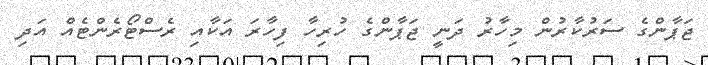
ޖަޕާންގެ ސަރުކާރުން މިހާރު ދަނީ ޖަޕާންގެ ހުރިހާ ފިހާރަ އަކާއި ރެސްޓޯރެންޓެއް އަދި